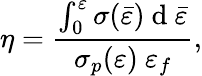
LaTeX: \eta=\frac{\int_{0}^{\varepsilon}\sigma(\bar{\varepsilon})\mathrm{~d~}\bar{\varepsilon}}{\sigma_{p}(\varepsilon)\mathrm{~}\varepsilon_{f}},